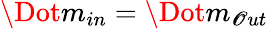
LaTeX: \Dot{m}_{in}=\Dot{m}_{\mathscr{O}ut}